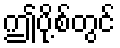
ဤပို့စ်တွင်